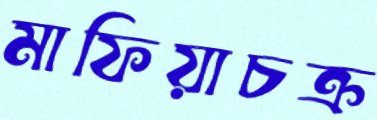
মাফিয়াচক্র